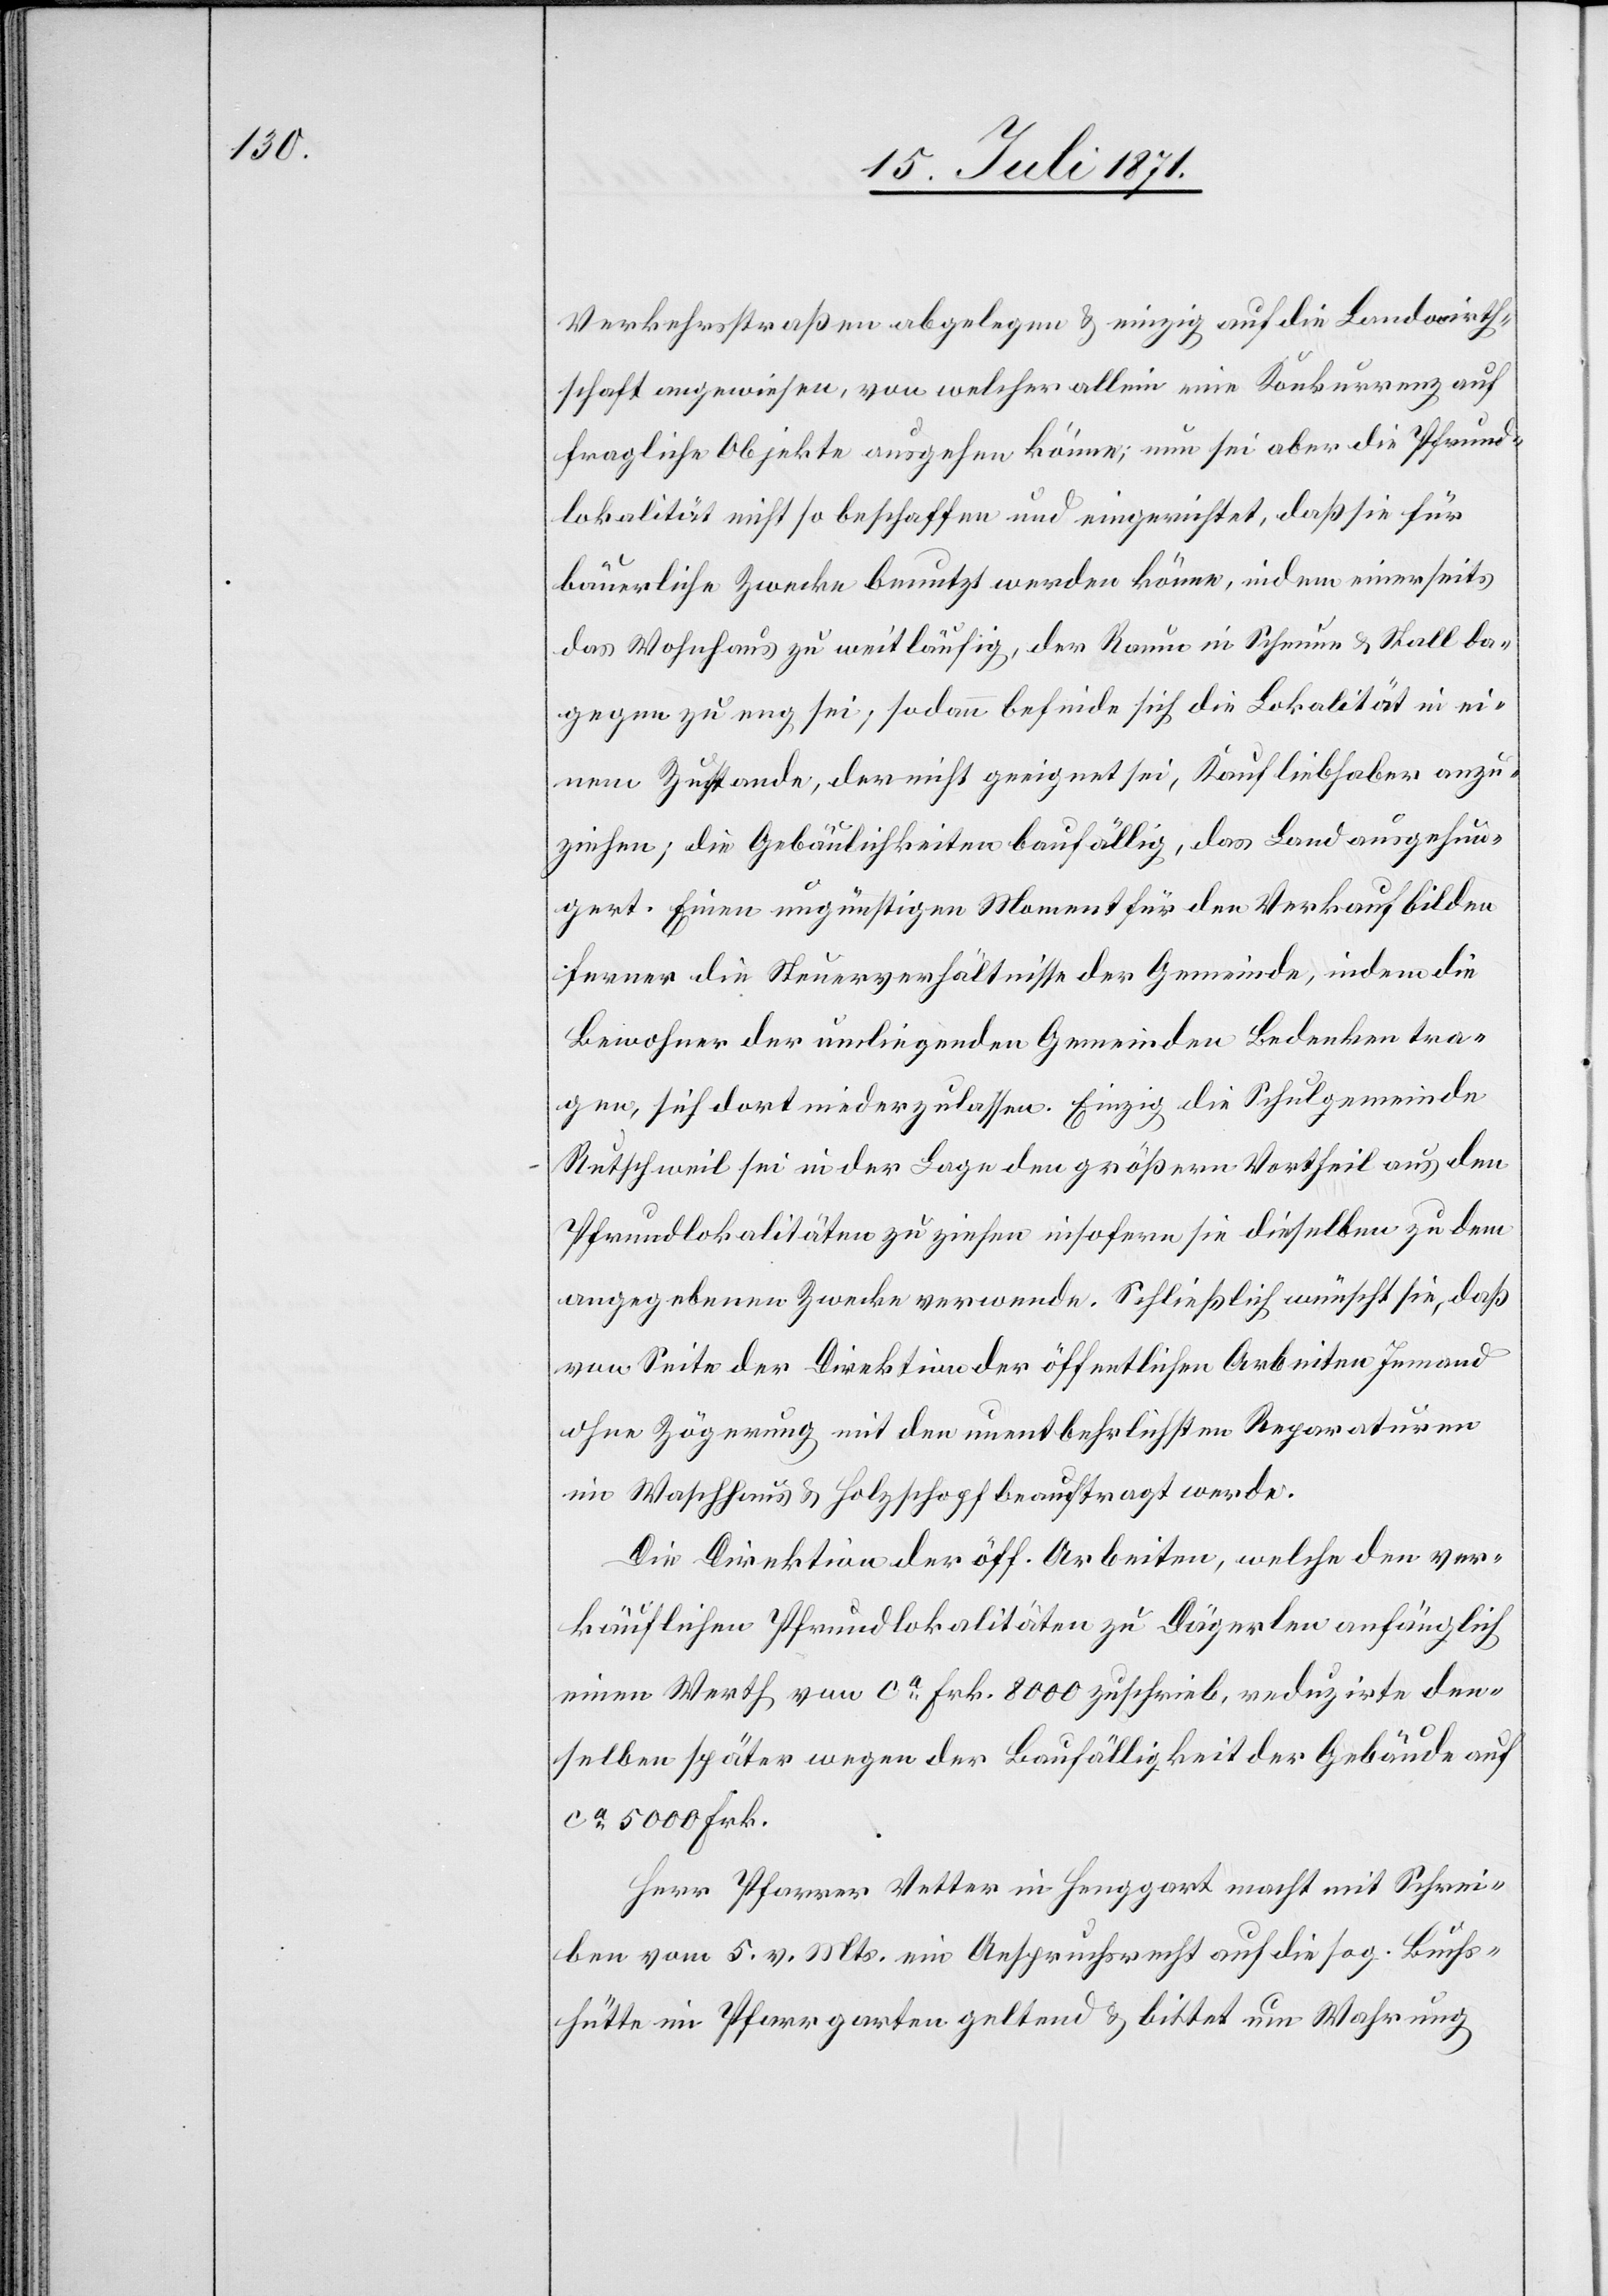
Verkehrsstraßen abgelegen u. einzig auf die Landwirth¬
schaft angewiesen, von welcher allein eine Konkurrenz auf
fragliche Objekte ausgehen könne; nun sei aber die Pfrund¬
lokalität nicht so beschaffen und eingerichtet, daß sie für
bäuerliche Zwecke benutzt werden könne, indem einerseits
das Wohnhaus zu weitläufig, der Raum in Scheune u. Stall da¬
gegen zu eng sei; sodann befinde sich die Lokalität in ei¬
nem Zustande, der nicht geeignet sei, Kaufliebhaber anzu¬
ziehen; die Gebäulichkeiten baufällig, das Land ausgehun¬
gert. Einen ungünstigen Moment für den Verkauf bilden
ferner die Steuerverhältnisse der Gemeinde, indem die
Bewohner der umliegenden Gemeinden Bedenken tra¬
gen, sich dort niederzulassen. Einzig die Schulgemeinde
Rutschweil sei in der Lage den größern Vortheil aus den
Pfrundlokalitäten zu ziehen insofern sie dieselben zu dem
angegebenen Zwecke verwende. Schließlich wünscht sie, daß
von Seite der Direktion der öffentlichen Arbeiten Jemand
ohne Zögerung mit den unentbehrlichsten Reparaturen
im Waschhaus u. Holzschopf beauftrag werde.
Die Direktion der öff. Arbeiten, welche den ver¬
käuflichen Pfundlokalitäten zu Dägerlen anfänglich
einen Werth von ca. Frk. 8000 zuschrieb, reduzirte den¬
selben später wegen der Baufälligkeit der Gebäude auf
ca. 5000 Frk.
Herr Pfarrer Vetter in Henggart macht mit Schrei¬
ben vom 5. v. Mts. ein Anspruchsrecht auf die sog. Buchs¬
hütte im Pfarrgarten geltend u. bittet um Wahrung